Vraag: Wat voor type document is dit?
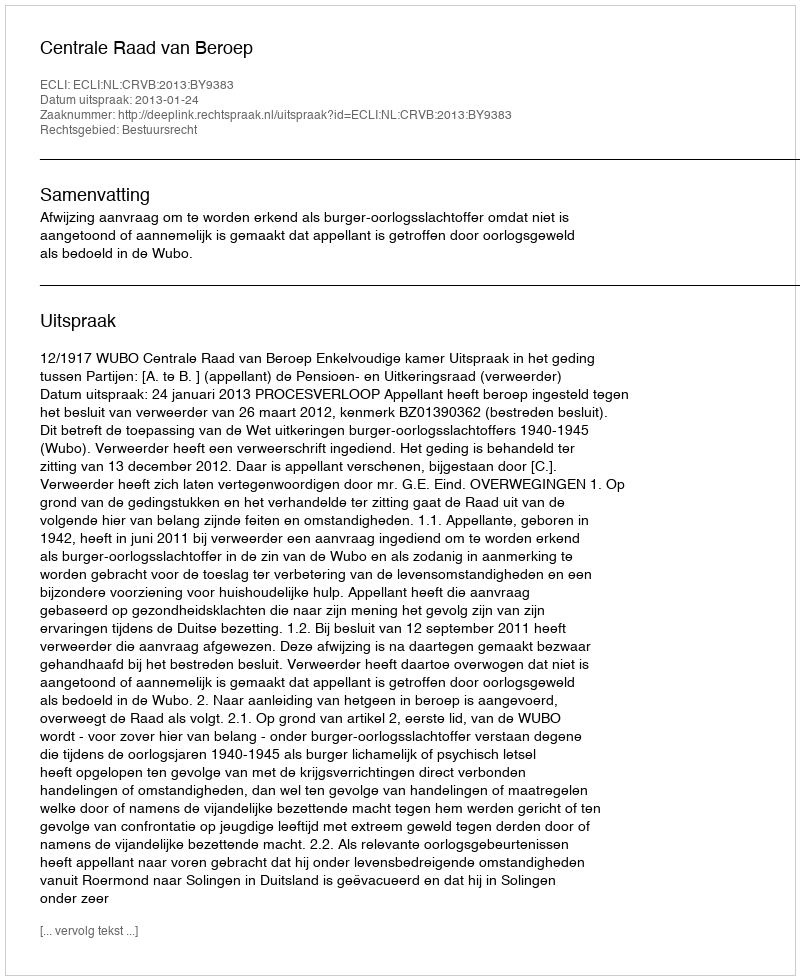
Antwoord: Uitspraak